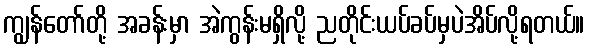
ကျွန်တော်တို့ အခန်းမှာ အဲကွန်းမရှိလို့ ညတိုင်းယပ်ခပ်မှပဲအိပ်လို့ရတယ်။